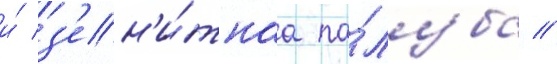
и́ з'ен'и́тнаа па́луба //